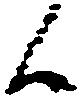
候